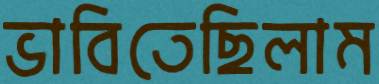
ভাবিতেছিলাম